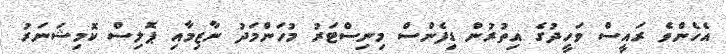
އެހެންވެ ރައީސް ވަހީދުގެ އިތުރުން ޑިފެންސް މިނިސްޓަރު މުހަންމަދު ނާޒިމާއި ޕޮލިސް ކޮމިޝަނަރު